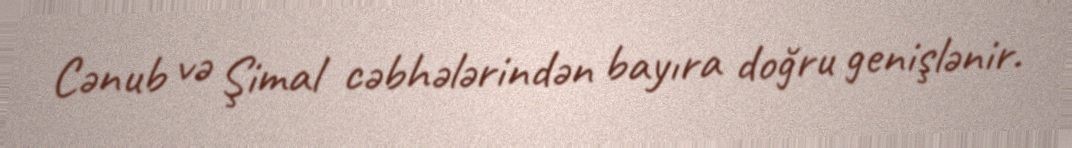
Cənub və Şimal cəbhələrindən bayıra doğru genişlənir.